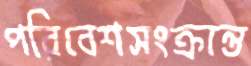
পরিবেশসংক্রান্ত